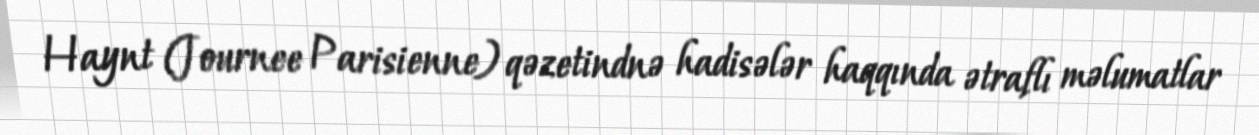
Haynt (Journee Parisienne) qəzetindnə hadisələr haqqında ətraflı məlumatlar